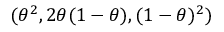
( \theta ^ { 2 } , 2 \theta ( 1 - \theta ) , ( 1 - \theta ) ^ { 2 } )